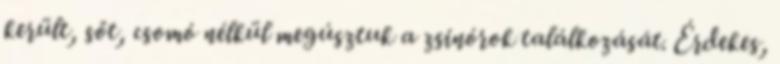
került, sőt, csomó nélkül megúsztuk a zsinórok találkozását. Érdekes,